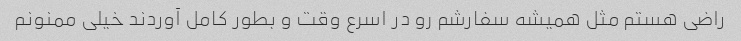
راضی هستم مثل همیشه سفارشم رو در اسرع وقت و بطور کامل آوردند خیلی ممنونم